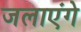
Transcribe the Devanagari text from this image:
जलाएंगे